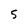
Character: 5